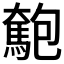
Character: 𩤄